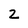
Character: 2